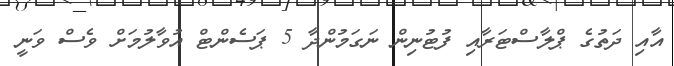
އާއި ދަތުގެ ޕްލާސްޓަރާއި ފުޓުނިން ނަގަމުންދާ 5 ޕަސެންޓް އުވާލުމަށް ވެސް ވަނީ